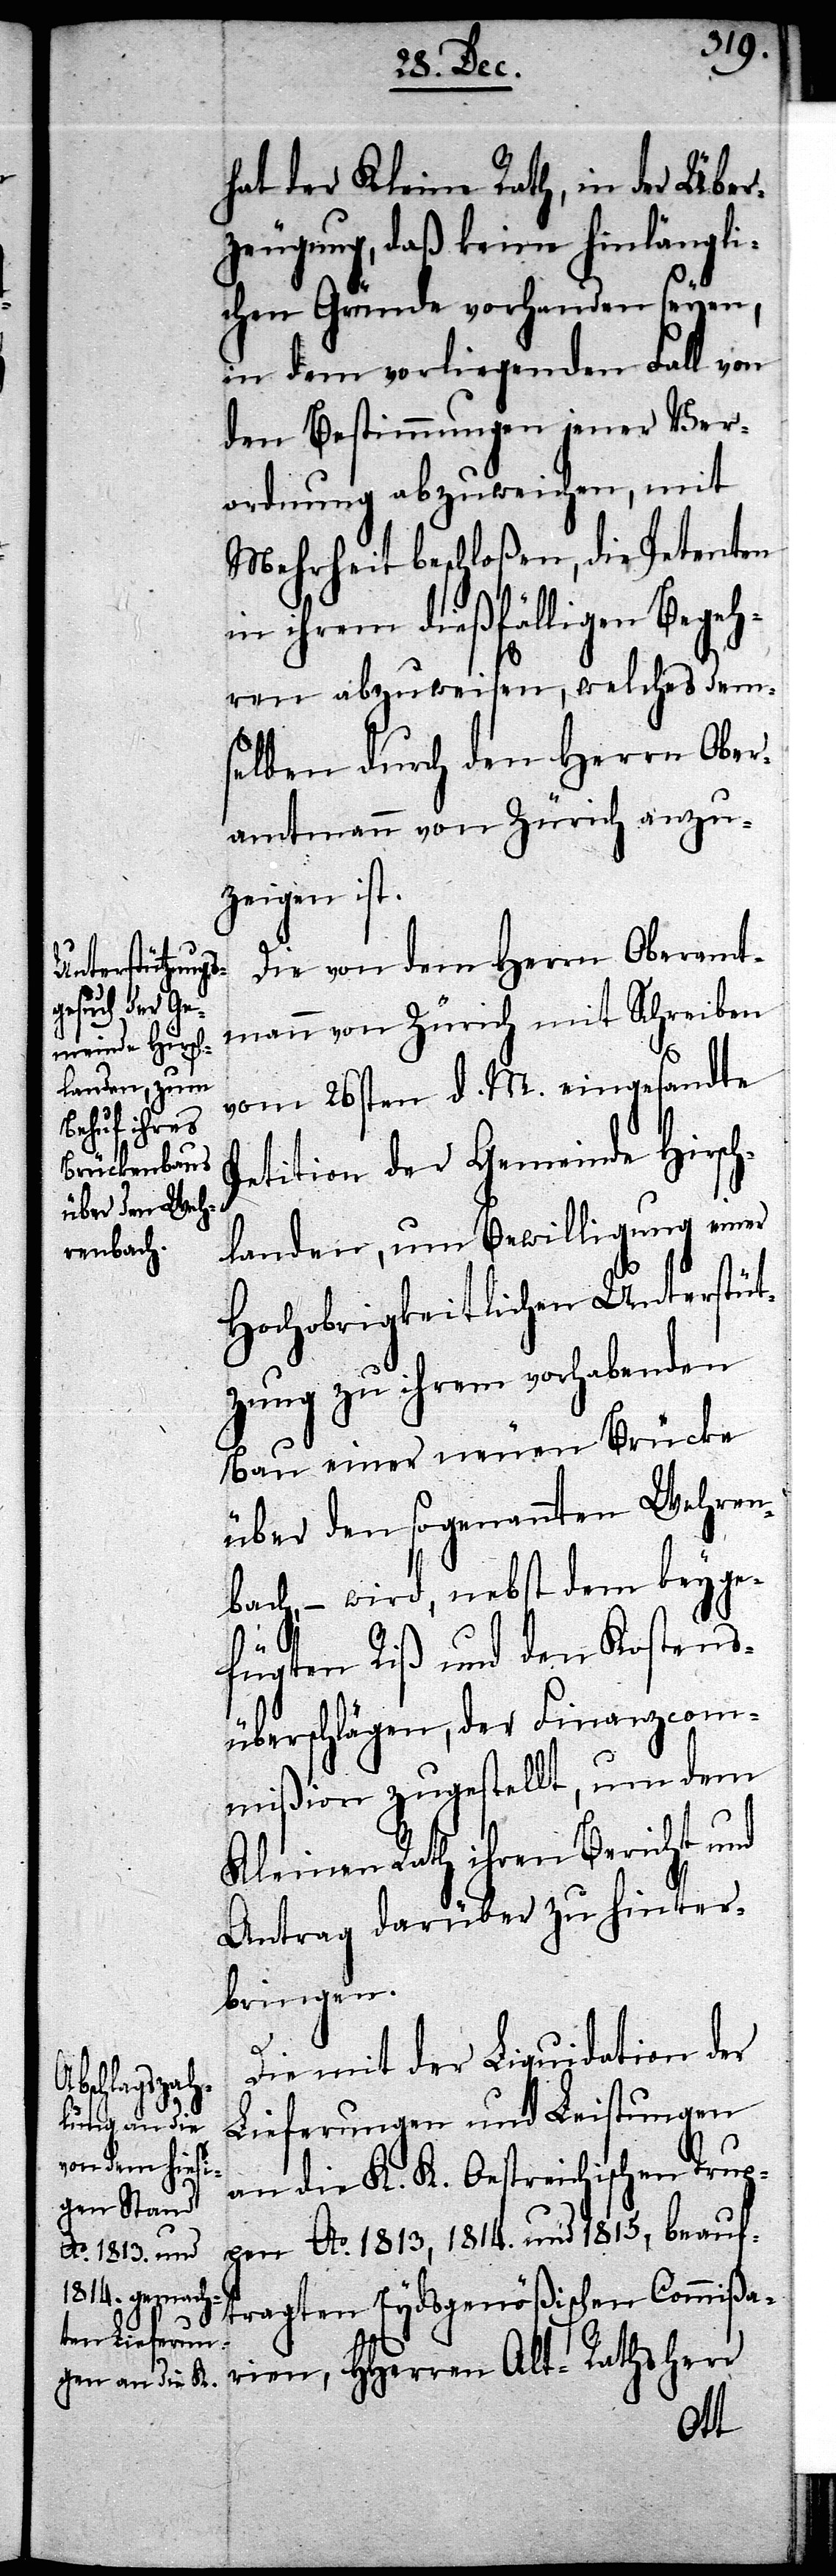
hat der Kleine Rath, in der Über¬
zeugung, daß keine hinlängli¬
chen Gründe vorhanden seyen,
in dem vorliegenden Fall von
den Bestimmungen jener Ver¬
ordnung abzuweichen, mit
Mehrheit beschloßen, die Petenten
in ihrem dießfälligen Begeh¬
ren abzuweisen, welches dem¬
selben durch durch den Herrn Ober¬
amtmann von Zürich anzu¬
zeigen ist.
Die von dem Herrn Oberamt¬
mann von Zürich mit Schreiben
vom 26sten d. M. eingesandte
Petition der Gemeinde Hirsch¬
landen, um Bewilligung einer
Hochobrigkeitlichen Unterstüt¬
zung zu ihrem vorhabenden
Bau einer neuen Brücke
über den sogenannten Wehren¬
bach, – wird, nebst dem beyge¬
fügten Riß und den Kostens¬
überschlägen, der Finanzcom¬
mißion zugestellt, um dem
Kleinen Rath ihren Bericht und
Antrag darüber zu hinter¬
bringen.
Die mit der Liquidation der
Lieferungen und Leistungen
an die K. K. Oestreichischen Trup¬
pen Ao. 1813, 1814. und 1815, beauf¬
tragten Eydsgenößischen Commißa¬
rien, HHerren Alt-Rathsherr